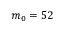
m _ { 0 } = 5 2